Report on the bubonic plague in Bombay, 1896-1897
Year: 1896
Disease focus: Plague
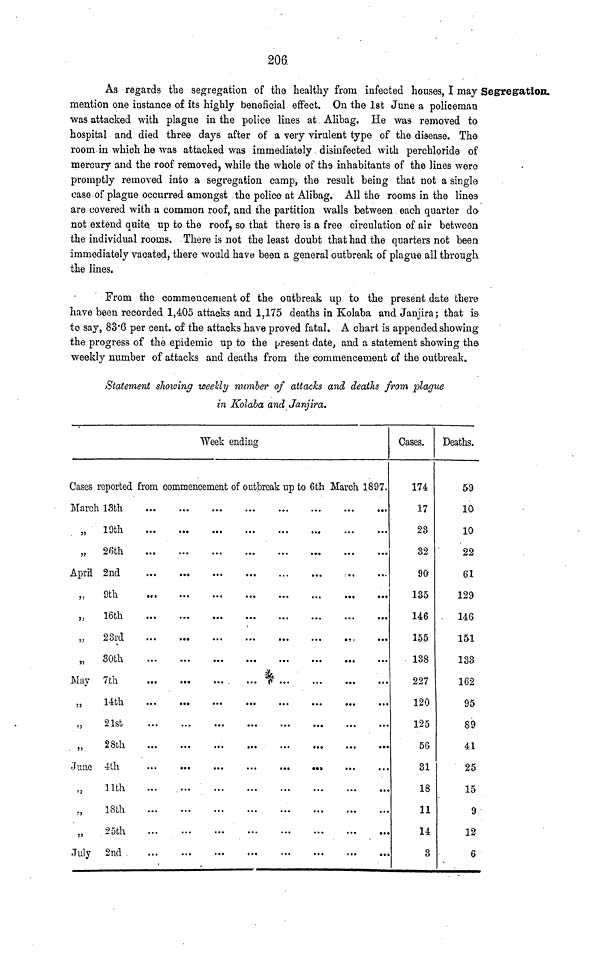
206.
Segregation.
As regards the segregation of the healthy from infected houses, I may
mention one instance of its highly beneficial effect. On the 1st June a policeman
was attacked with plague in the police lines at Alibag. He was removed to
hospital and died three days after of a very virulent type of the disease. The
room in which he was attacked was immediately disinfected with perchloride of
mercury and the roof removed, while the whole of the inhabitants of the lines were
promptly removed into a segregation camp, the result being that not a single
case of plague occurred amongst the police at Alibag. All the rooms in the lines
are covered with a common roof, and the partition walls between each quarter do-
not extend quite up to the roof, so that there is a free circulation of air between
the individual rooms. There is not the least doubt that had the quarters not been
immediately vacated, there would have been a general outbreak of plague all through
the lines.
From the commencement of the outbreak up to the present date there
have been recorded 1,405 attacks and 1,175 deaths in Kolaba and Janjira; that is
to say, 83.6 per cent. of the attacks have proved fatal. A chart is appended showing
the progress of the epidemic up to the present date, and a statement showing the
weekly number of attacks and deaths from the commencement of the outbreak.
Statement showing weekly number of attacks and deaths from plague
in Kolaba and Janjira.
Week ending
Cases reported from commencement of outbreak up to 6th March 1897.
March
"
"
April
"
"
"
"
May
"
"
"
June
"
"
"
July
13th
19th
26th
2nd
9th
16th
23rd
30th
7th
14th
21st
28th
4th
11th
18th
25th
2nd
...
Cases.
174
17
23
32
90
135
146
155
138
227
120
125
56
31
18
11
14
3
Deaths.
59
10
10
22
61
129
146
151
133
162
95
89
41
25
15
9
12
6